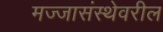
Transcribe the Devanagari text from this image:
मज्जासंस्थेवरील